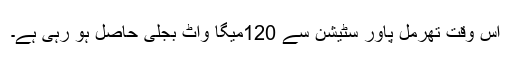
اس وقت تھرمل پاور سٹیشن سے 120میگا واٹ بجلی حاصل ہو رہی ہے۔